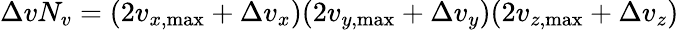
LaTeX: \Delta vN_{v}=(2v_{x,\operatorname*{max}}+\Delta v_{x})(2v_{y,\operatorname*{max}}+\Delta v_{y})(2v_{z,\operatorname*{max}}+\Delta v_{z})